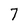
Character: 7